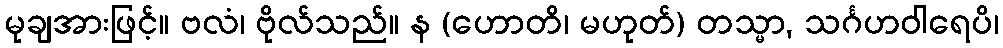
မုချအားဖြင့်။ ဗလံ၊ ဗိုလ်သည်။ န (ဟောတိ၊ မဟုတ်) တသ္မာ, သင်္ဂဟဝါရေပိ၊